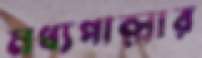
মধ্যপাল্লার